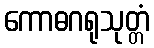
ကောဓဂရုသုတ္တံ